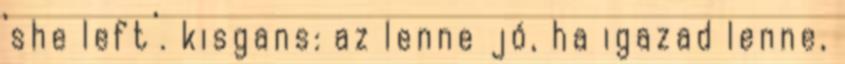
‘she left’. kisgans: az lenne jó, ha igazad lenne,